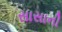
સાસાની